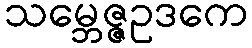
သမ္ဘေဇ္ဇဥဒကေ